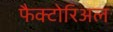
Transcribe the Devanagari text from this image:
फैक्टोरिअल